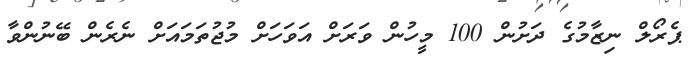
ޕެރޯލް ނިޒާމުގެ ދަށުން 100 މީހުން ވަރަށް އަވަހަށް މުޖުތަމައަށް ނެރެން ބޭނުންވާ